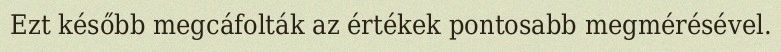
Ezt később megcáfolták az értékek pontosabb megmérésével.